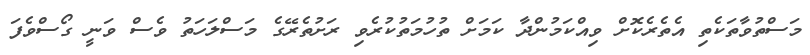
މަސްތުވާތަކެތި އެތެރެކޮށް ވިއްކަމުންދާ ކަމަށް ތުހުމަތުކުރެވި ރަށުތެރޭގެ މަސްލަހަތު ވެސް ވަނީ ގޯސްވެފަ